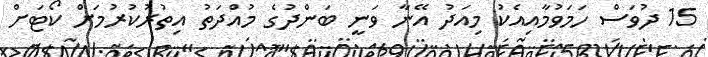
15 ދުވަސް ހަަމަވުމާއިއެކު މިއަދު އޭނާ ވަނީ ބަންދުގެ މުއްދަތު އިތުރުކުރުމަށް ކޯޓަށް